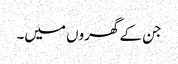
جن کے گھروں میں۔